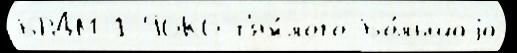
БРДМ-1 96К6 т'яж́лого Бо́льшаjа